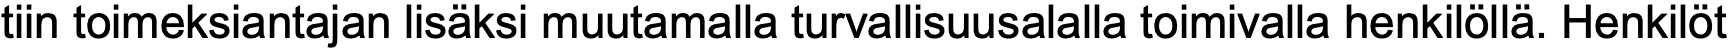
tiin toimeksiantajan lisäksi muutamalla turvallisuusalalla toimivalla henkilöllä. Henkilöt